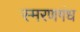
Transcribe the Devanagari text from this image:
स्मरणगंध